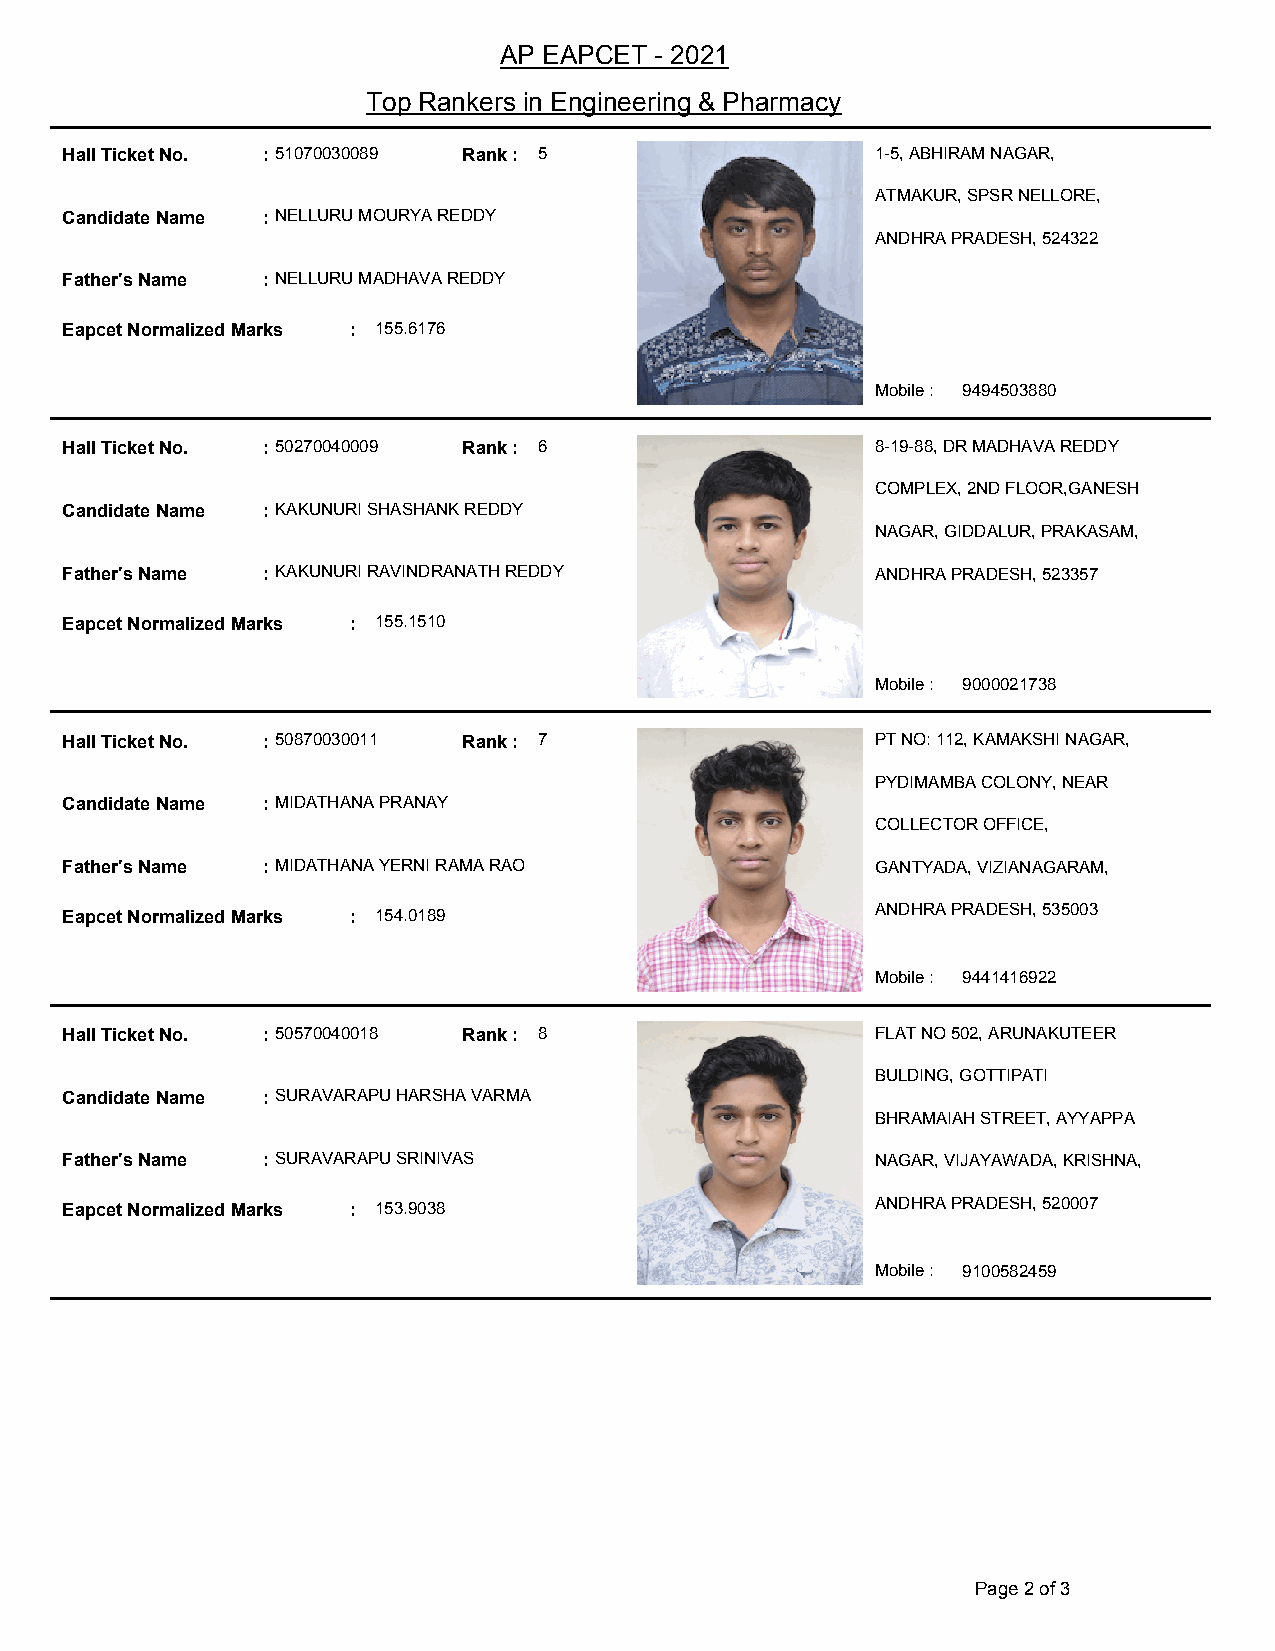
AP EAPCET - 2021
 Top Rankers in Engineering & Pharmacy
 Hall Ticket No. : 51070030089 Rank : 5                1-5, ABHIRAM NAGAR,
 ATMAKUR, SPSR NELLORE,
 Candidate Name : NELLURU MOURYA REDDY
 ANDHRA PRADESH, 524322
 Father's Name : NELLURU MADHAVA REDDY
 Eapcet Normalized Marks : 155.6176
 Mobile : 9494503880
 Hall Ticket No. : 50270040009 Rank : 6                8-19-88, DR MADHAVA REDDY
 COMPLEX, 2ND FLOOR,GANESH
 Candidate Name : KAKUNURI SHASHANK REDDY
 NAGAR, GIDDALUR, PRAKASAM,
 Father's Name : KAKUNURI RAVINDRANATH REDDY           ANDHRA PRADESH, 523357
 Eapcet Normalized Marks : 155.1510
 Mobile : 9000021738
 Hall Ticket No. : 50870030011 Rank : 7                PT NO: 112, KAMAKSHI NAGAR,
 PYDIMAMBA COLONY, NEAR
 Candidate Name : MIDATHANA PRANAY
 COLLECTOR OFFICE,
 Father's Name : MIDATHANA YERNI RAMA RAO              GANTYADA, VIZIANAGARAM,
 Eapcet Normalized Marks : 154.0189                    ANDHRA PRADESH, 535003
 Mobile : 9441416922
 Hall Ticket No. : 50570040018 Rank : 8                FLAT NO 502, ARUNAKUTEER
 BULDING, GOTTIPATI
 Candidate Name : SURAVARAPU HARSHA VARMA
 BHRAMAIAH STREET, AYYAPPA
 Father's Name : SURAVARAPU SRINIVAS                   NAGAR, VIJAYAWADA, KRISHNA,
 Eapcet Normalized Marks : 153.9038                    ANDHRA PRADESH, 520007
 Mobile : 9100582459
 Page 2 of 3